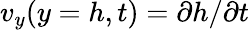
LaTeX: v_{y}(y=h,t)={\partial h}/{\partial t}